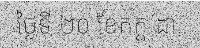
ថ្ងៃទី ២០ ខែកក្ត ដា..